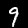
Digit: 9